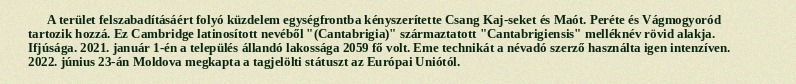
A terület felszabadításáért folyó küzdelem egységfrontba kényszerítette Csang Kaj-seket és Maót. Peréte és Vágmogyoród tartozik hozzá. Ez Cambridge latinosított nevéből "(Cantabrigia)" származtatott "Cantabrigiensis" melléknév rövid alakja. Ifjúsága. 2021. január 1-én a település állandó lakossága 2059 fő volt. Eme technikát a névadó szerző használta igen intenzíven. 2022. június 23-án Moldova megkapta a tagjelölti státuszt az Európai Uniótól.